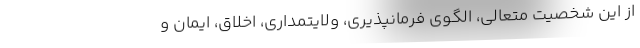
از این شخصیت متعالی، الگوی فرمانپذیری، ولایتمداری، اخلاق، ایمان و